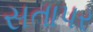
સતાપર